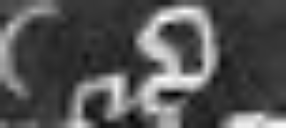
etc